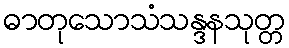
ဓာတုသောသံသန္ဒနသုတ္တ